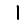
Digit: 1